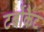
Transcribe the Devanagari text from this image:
टर्बोकैट